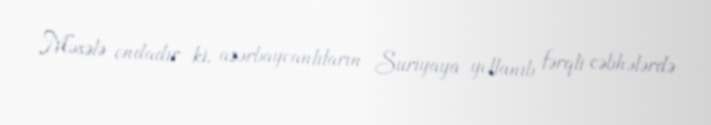
Məsələ ondadır ki, azərbaycanlıların Suriyaya yollanıb fərqli cəbhələrdə